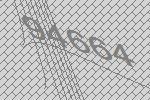
94664